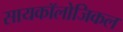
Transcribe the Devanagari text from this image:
सायकॉलोजिकल